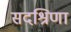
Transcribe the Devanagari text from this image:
सदश्रिणा